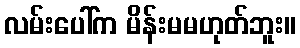
လမ်းပေါ်က မိန်းမမဟုတ်ဘူး။